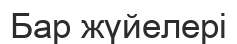
Бар жүйелері